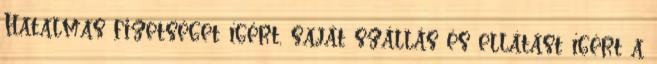
Hatalmas fizetséget ígért, saját szállás és ellátást ígért a